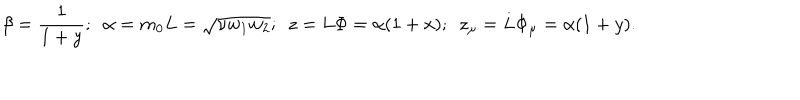
\beta = \frac 1 { 1 + y } ; \, \, \, \alpha = m _ { 0 } L = \sqrt { \nu w _ { 1 } w _ { 2 } } ; \, \, \, z = L \Phi = \alpha ( 1 + x ) ; \, \, \, z _ { \mu } = L \Phi _ { \mu } = \alpha ( 1 + y ) .